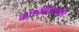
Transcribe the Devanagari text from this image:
काश्मीरसाठी